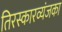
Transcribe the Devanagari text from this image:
तिरस्कारव्यंजका